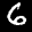
Label: 6